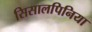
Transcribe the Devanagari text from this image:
सिसालपिनिया